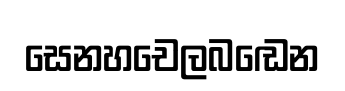
සෙනහචෙලබඬෙන